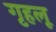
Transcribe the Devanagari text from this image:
गृहलू